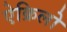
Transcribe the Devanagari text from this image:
ऐक्रिलो